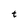
Character: t